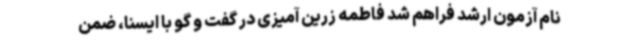
نام آزمون ارشد فراهم شد فاطمه زرین آمیزی در گفت و گو با ایسنا، ضمن